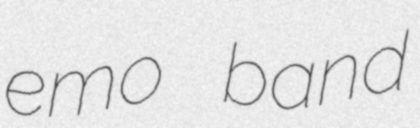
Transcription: emo band